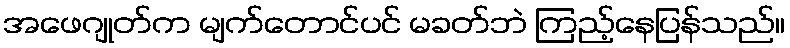
အဖေဂျုတ်က မျက်တောင်ပင် မခတ်ဘဲ ကြည့်နေပြန်သည်။